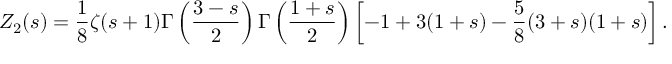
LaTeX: Z _ { 2 } ( s ) = \frac { 1 } { 8 } \zeta ( s + 1 ) \Gamma \left( \frac { 3 - s } { 2 } \right) \Gamma \left( \frac { 1 + s } { 2 } \right) \left[ - 1 + 3 ( 1 + s ) - \frac { 5 } { 8 } ( 3 + s ) ( 1 + s ) \right] .